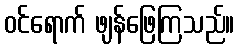
ဝင်ရောက် ဖျန်ဖြေကြသည်။